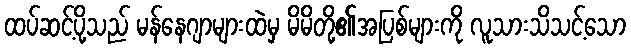
ထပ်ဆင့်ပို့သည် မန်နေဂျာများထဲမှ မိမိတို့၏အပြစ်များကို လူသားသိသင့်သော